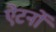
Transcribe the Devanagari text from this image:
ऐटर्नों